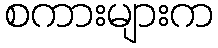
စကားများက